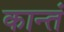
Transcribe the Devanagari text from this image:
कान्तं